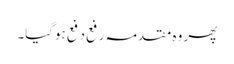
پھر وہ مقدمہ رفع دفع ہوگیا۔